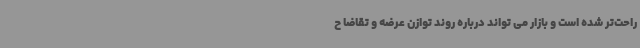
راحت‌تر شده است و بازار می تواند درباره روند توازن عرضه و تقاضا ح